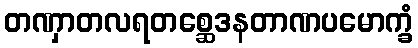
တဏှာတလရတစ္ဆေဒနတာဏပမောက္ခံ